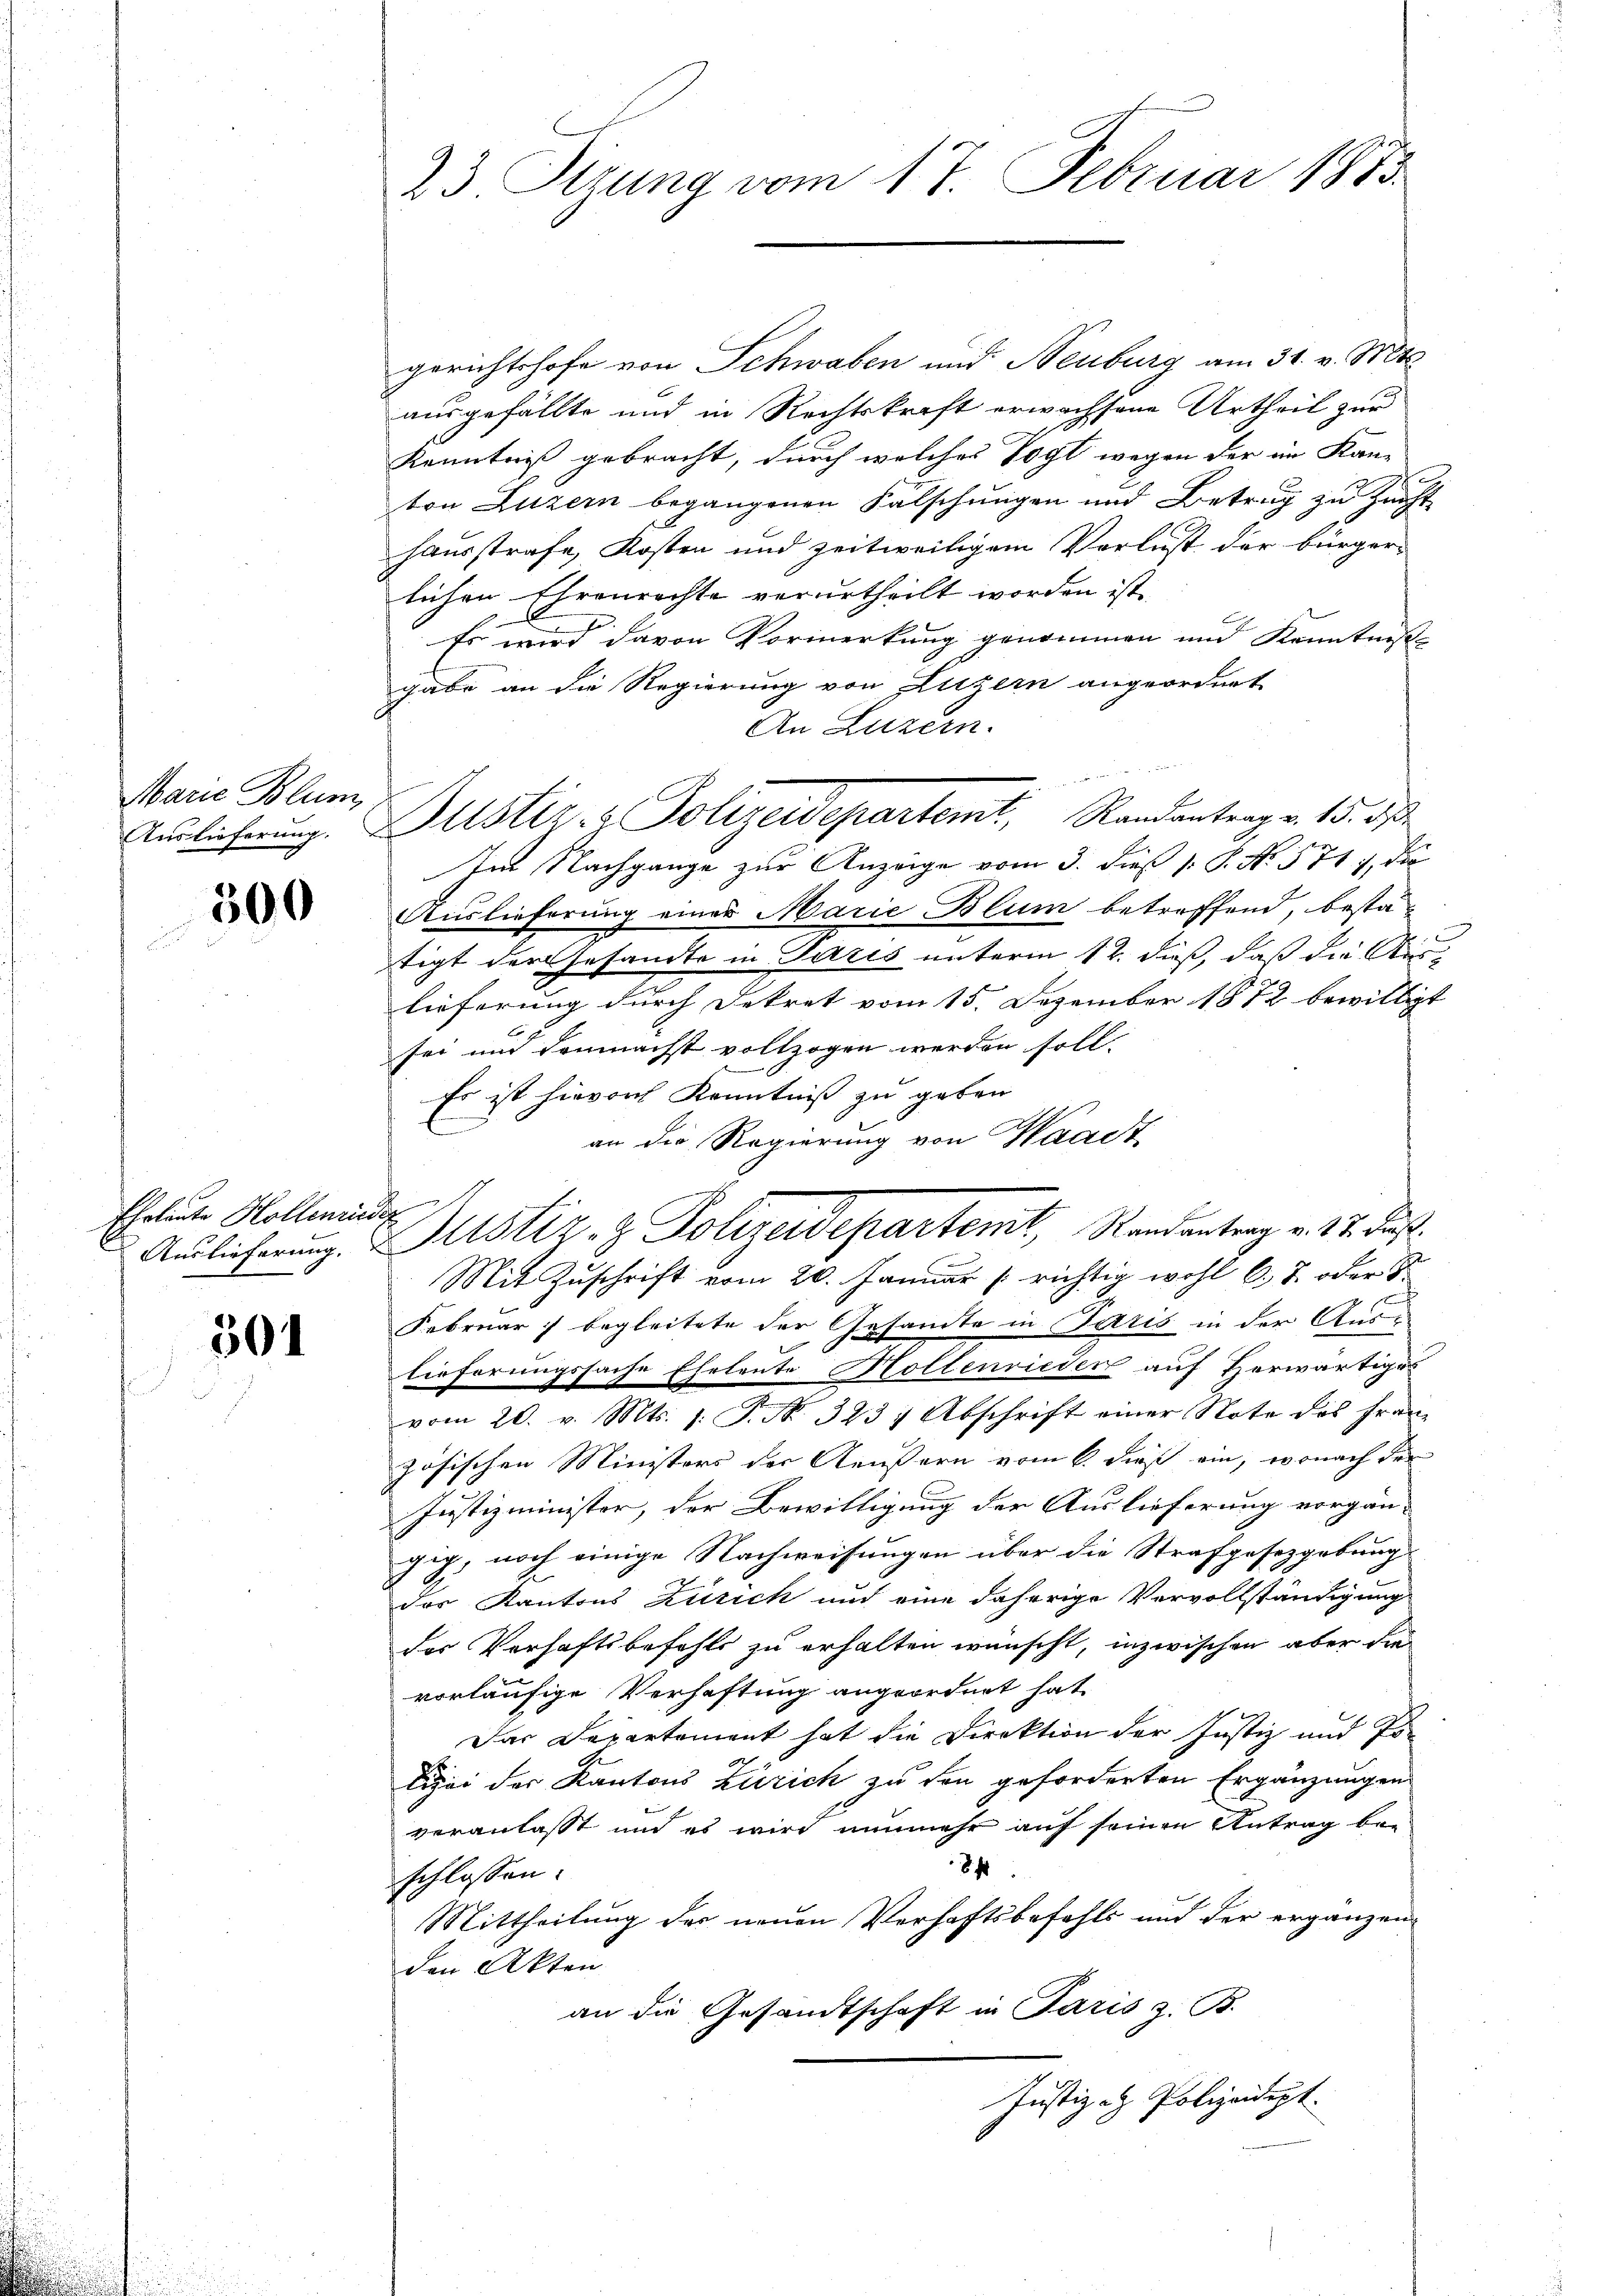
Marie Blum

500

Eheleute Hollenriede

501

23. Sizung vom 17. Februar 1873

gerichtshofe von Schwaben und Neuburg am 31. v. Mts.
ausgefällte und in Rechtskraft erwachsene Urtheil zur
Kenntniß gebracht, durch welches Vogt wegen der im Kan-
ton Luzern begangenen Falschungen und Betrug zu Zucht
hausstrafe, Kosten und zeitweiligem Verlust der bürger-
lichen Ehrenrechte verurtheilt worden ist.
Es wird davon Vormerkung genommen und Kenntniß
gabe an die Regierung von Luzern angeordnet
An Luzern.
e
.
Im Nachgange zur Anzeige vom 3. dieß 1: P. No. 571), die
Auslieferung eines Marie Blum betreffend, bestätigt der Gesandte in Paris unterm 12. dieß, daß die Auslieferung durch Dekret vom 15. Dezember 1872 bewilligt
sei und demnächst vollzogen werden soll.
Es ist hievon Kenntniß zu geben
an die Regierung von Waadt
Mit Zuschrift vom 20. Januar (richtig wohl 6. 8. oder
Februar 7 begleitete der Gesamte in Paris in der Aus-
lieferungssache Eheleute Hollenrieden auf Herwärtiges
vom 20. v. Mts. 1. P. Nr. 323 ; Abschrift einer Note des Franz
zösischen Ministers der Aeußern vom 6. dieß ein, wonach der
Justizminister, der Bewilligung der Auslieferung vorgän-
gig, noch einige Nachweisungen über die Strafgesetzgebung
der Kantons Zürich und eine daherige Vervollständigung
der Verhaftsbefehls zu erhalten wünscht, inzwischen aber die
vorläufige Verhaftung angeordnet hat.
Das Departement hat die Direktion der Justiz und Polizei der Kantons Zürich zu den geforderten Ergänzungen
veranlasst und es wird nunmehr auf seinen Antrag be-
8
schlossen.
Mittheilung der neuen Verhaftsbefehls und der ergänzenden Akten
an die Gesandtschaft in Paris z. B.
Justiz - Polizeidept.

Anslicherŭng. Justiz- & Polizeidepartemt, Randantrag v. 15. ds.

Auslicherung. Justiz- & Polizeidepartemt, Randantrag v. 17. Jos.